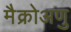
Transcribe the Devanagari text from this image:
मैक्रोअणु